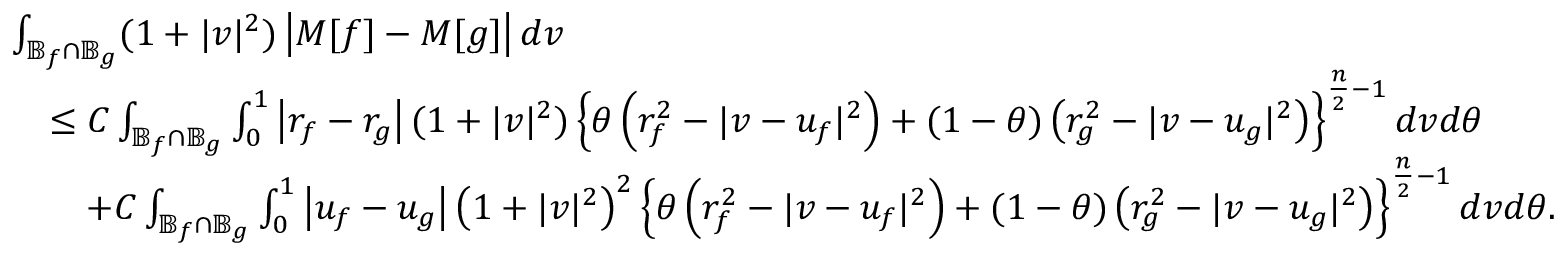
\begin{array} { r l } & { \int _ { \mathbb { B } _ { f } \cap \mathbb { B } _ { g } } ( 1 + | v | ^ { 2 } ) \left| M [ f ] - M [ g ] \right| d v } \\ & { \quad \le C \int _ { \mathbb { B } _ { f } \cap \mathbb { B } _ { g } } \int _ { 0 } ^ { 1 } \left| r _ { f } - r _ { g } \right| ( 1 + | v | ^ { 2 } ) \left\{ \theta \left( r _ { f } ^ { 2 } - | v - u _ { f } | ^ { 2 } \right) + ( 1 - \theta ) \left( r _ { g } ^ { 2 } - | v - u _ { g } | ^ { 2 } \right) \right\} ^ { \frac n 2 - 1 } d v d \theta } \\ & { \qquad + C \int _ { \mathbb { B } _ { f } \cap \mathbb { B } _ { g } } \int _ { 0 } ^ { 1 } \left| u _ { f } - u _ { g } \right| \left( 1 + | v | ^ { 2 } \right) ^ { 2 } \left\{ \theta \left( r _ { f } ^ { 2 } - | v - u _ { f } | ^ { 2 } \right) + ( 1 - \theta ) \left( r _ { g } ^ { 2 } - | v - u _ { g } | ^ { 2 } \right) \right\} ^ { \frac n 2 - 1 } d v d \theta . } \end{array}